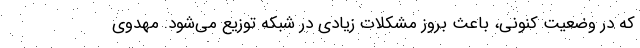
که در وضعیت کنونی، باعث بروز مشکلات زیادی در شبکه توزیع می‌شود. مهدوی